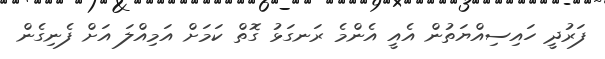
ފަރުދީ ހައިސިއްޔަތުން އެއީ އެންމެ ރަނގަޅު ގޮތް ކަމަށް އަމިއްލަ އަށް ފެނިގެން